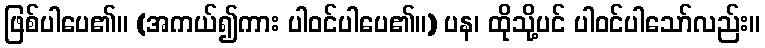
ဖြစ်ပါပေ၏။ (အကယ်၍ကား ပါဝင်ပါပေ၏။) ပန၊ ထိုသို့ပင် ပါဝင်ပါသော်လည်း။